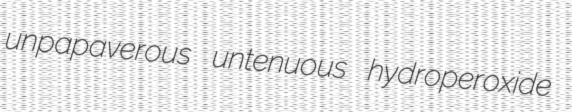
unpapaverous untenuous hydroperoxide